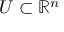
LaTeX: U \subset \mathbb { R } ^ { n }